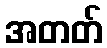
အတတ်